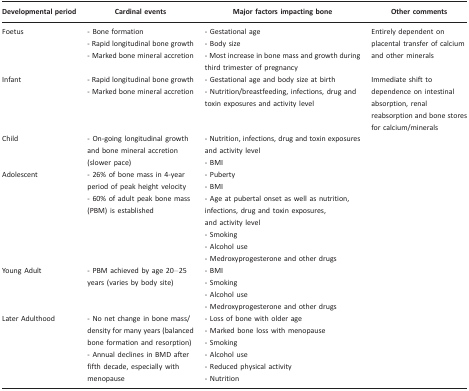
| Developmental period | Cardinal events | Major factors impacting bone | Other comments |
 | --- | --- | --- | --- |
 | Foetus | - Bone formation- Rapid longitudinal bone growth- Marked bone mineral accretion | - Gestational age- Body size- Most increase in bone mass and growth during third trimester of pregnancy | Entirely dependent on placental transfer of calcium and other minerals |
 | Infant | - Rapid longitudinal bone growth- Marked bone mineral accretion | - Gestational age and body size at birth- Nutrition/breastfeeding, infections, drug and toxin exposures and activity level | Immediate shift to dependence on intestinal absorption, renal reabsorption and bone stores for calcium/minerals |
 | Child | - On-going longitudinal growth and bone mineral accretion (slower pace) | - Nutrition, infections, drug and toxin exposures and activity level- BMI |  |
 | Adolescent | - 26% of bone mass in 4-year period of peak height velocity- 60% of adult peak bone mass (PBM) is established | - Puberty- BMI- Age at pubertal onset as well as nutrition, infections, drug and toxin exposures, and activity level- Smoking- Alcohol use- Medroxyprogesterone and other drugs |  |
 | Young Adult | - PBM achieved by age 20–25 years (varies by body site) | - BMI- Smoking- Alcohol use- Medroxyprogesterone and other drugs |  |
 | Later Adulthood | - No net change in bone mass/density for many years (balanced bone formation and resorption)- Annual declines in BMD after fifth decade, especially with menopause | - Loss of bone with older age- Marked bone loss with menopause- Smoking- Alcohol use- Reduced physical activity- Nutrition |  |